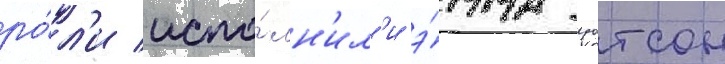
ро́л'и испо́лн'ил'и э́мма уотсон